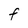
Character: F